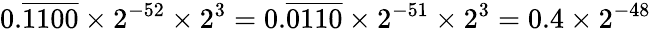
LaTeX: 0.{\overline{{1100}}}\times 2^{-52}\times 2^{3}=0.{\overline{{0110}}}\times 2^{-51}\times 2^{3}=0.4\times 2^{-48}